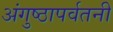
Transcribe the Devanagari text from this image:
अंगुष्ठापर्वतनी